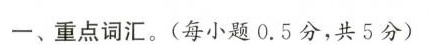
-、重点词汇。(每小题0.5分，共5分)